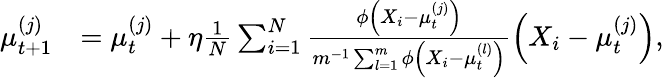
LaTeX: \begin{array}{rl}{\mu_{t+1}^{(j)}}&{=\mu_{t}^{(j)}+\eta\frac{1}{N}\sum_{i=1}^{N}\frac{\phi\left(X_{i}-\mu_{t}^{(j)}\right)}{m^{-1}\sum_{l=1}^{m}\phi\left(X_{i}-\mu_{t}^{(l)}\right)}\left(X_{i}-\mu_{t}^{(j)}\right),}\end{array}